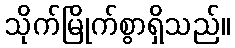
သိုက်မြိုက်စွာရှိသည်။